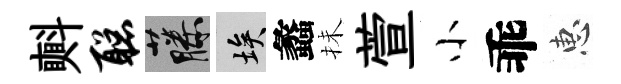
㪺聪藤埃蠡抺萱小乖惠